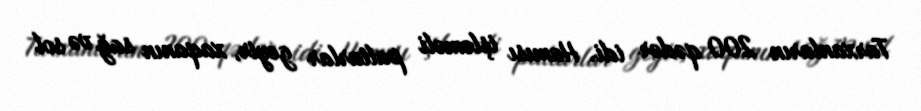
Tarxanların 200 qədər idi. Hamısı işləməli paltarlar geyir, xaqanın sağ və sol